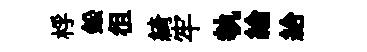
桴鈆徂綺牢執綸給